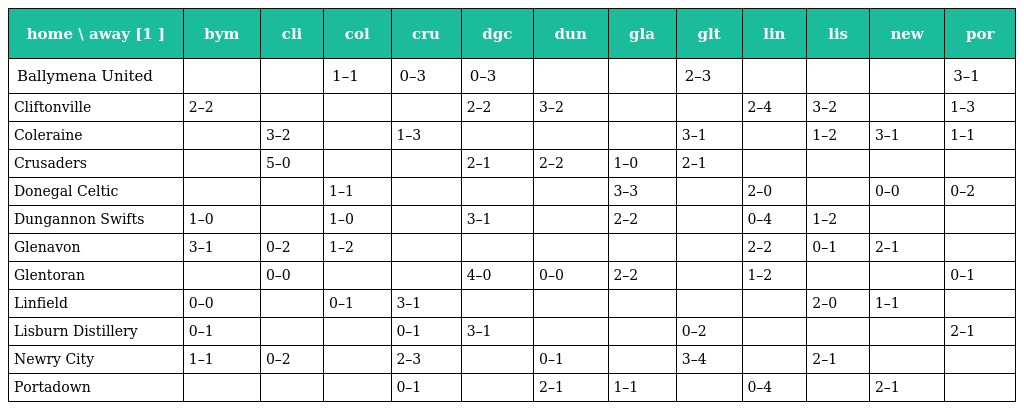
| home \ away [1 ] | bym | cli | col | cru | dgc | dun | gla | glt | lin | lis | new | por |
 | --- | --- | --- | --- | --- | --- | --- | --- | --- | --- | --- | --- | --- |
 | Ballymena United |  |  | 1–1 | 0–3 | 0–3 |  |  | 2–3 |  |  |  | 3–1 |
 | Cliftonville | 2–2 |  |  |  | 2–2 | 3–2 |  |  | 2–4 | 3–2 |  | 1–3 |
 | Coleraine |  | 3–2 |  | 1–3 |  |  |  | 3–1 |  | 1–2 | 3–1 | 1–1 |
 | Crusaders |  | 5–0 |  |  | 2–1 | 2–2 | 1–0 | 2–1 |  |  |  |  |
 | Donegal Celtic |  |  | 1–1 |  |  |  | 3–3 |  | 2–0 |  | 0–0 | 0–2 |
 | Dungannon Swifts | 1–0 |  | 1–0 |  | 3–1 |  | 2–2 |  | 0–4 | 1–2 |  |  |
 | Glenavon | 3–1 | 0–2 | 1–2 |  |  |  |  |  | 2–2 | 0–1 | 2–1 |  |
 | Glentoran |  | 0–0 |  |  | 4–0 | 0–0 | 2–2 |  | 1–2 |  |  | 0–1 |
 | Linfield | 0–0 |  | 0–1 | 3–1 |  |  |  |  |  | 2–0 | 1–1 |  |
 | Lisburn Distillery | 0–1 |  |  | 0–1 | 3–1 |  |  | 0–2 |  |  |  | 2–1 |
 | Newry City | 1–1 | 0–2 |  | 2–3 |  | 0–1 |  | 3–4 |  | 2–1 |  |  |
 | Portadown |  |  |  | 0–1 |  | 2–1 | 1–1 |  | 0–4 |  | 2–1 |  |